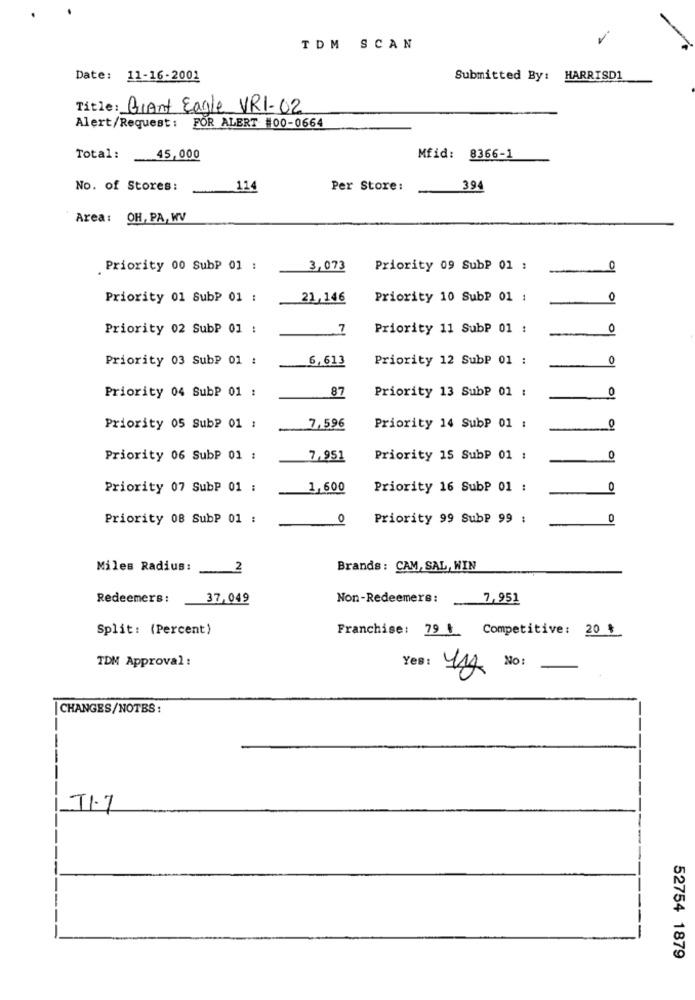
TDM SCAN
Date: 11-16-2001
Submitted By: HARRISD1
Title: Giant Eagle VRI-02
Alert/Request : FOR ALERT #00-0664
Total:
45,000
Mfid: 8366-1
No. of Stores:
114
Per Store:
394
Area: OH, PA, WV
. Priority 00 SubP 01 :
3,073
Priority 09 SubP 01 :
0
Priority 01 SubP 01 :
21, 146
Priority 10 SubP 01 :
01
Priority 02 SubP 01 :
7
Priority 11 SubP 01 :
0
Priority 03 SubP 01 :
6,613
Priority 12 SubP 01 :
0
87
Priority 04 SubP 01 :
Priority 13 SubP 01 :
0
Priority 05 Sub? 01 :
7,596
Priority 14 SubP 01 :
Priority 06 SubP 01 :
7,951
Priority 15 SubP 01 :
0
Priority 07 SubP 01 :
1,600
Priority 16 SubP 01 :
0
Priority 08 SubP 01 :
0
Priority 99 SubP 99 :
0
Miles Radius :
2
Brands: CAM, SAL, WIN
Redeemers :
37,049
Non-Redeemers: 7,951
Split: (Percent)
Franchise: 79 t Competitive: 20 $
TDM Approval :
Yes :
114 No:
|CHANGES/NOTBS:
11.7
52754 1879